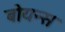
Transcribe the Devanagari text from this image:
बोयन्स